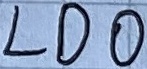
Text: LDO